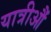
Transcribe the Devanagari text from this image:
यात्रीऔं